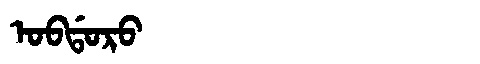
Manchu: ᠣᠪᡩᠣᡵᠣ
Romanization: OBDORO